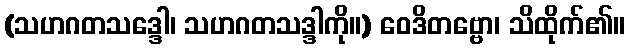
(သဟဂတသဒ္ဒေါ၊ သဟဂတသဒ္ဒါကို။) ဝေဒိတဗ္ဗော၊ သိထိုက်၏။